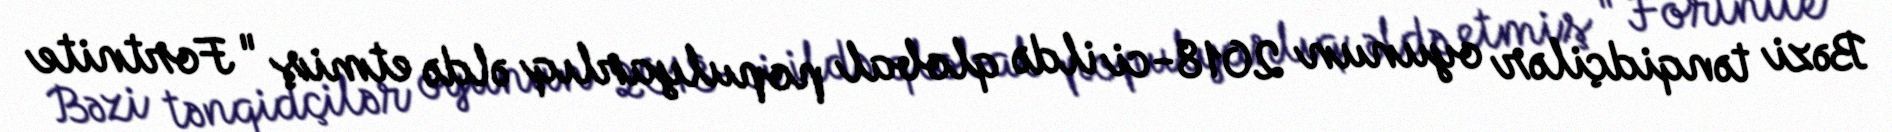
Bəzi tənqidçilər oyunun 2018-ci ildə qlobal populyarlıq əldə etmiş "Fortnite